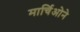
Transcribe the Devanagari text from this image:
मार्चिओने